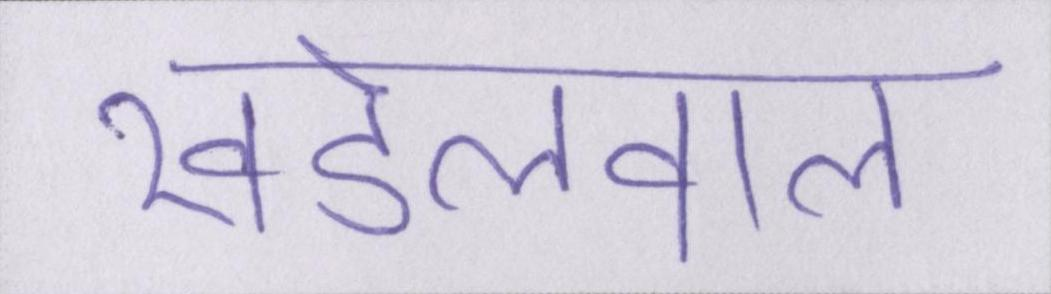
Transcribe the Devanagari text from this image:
खंडेलवाल